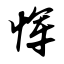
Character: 恽